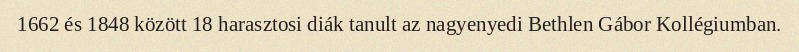
1662 és 1848 között 18 harasztosi diák tanult az nagyenyedi Bethlen Gábor Kollégiumban.